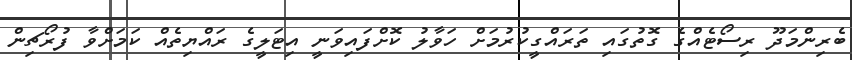
ބެރިންމަދޫ ރިސޯޓެއްގެ ގޮތުގައި ތަރައްގީކުރުމަށް ހަވާލު ކޮށްފައިވަނީ އިޓަލީގެ ރައްޔިތެއް ކަމަށްވާ ފުރޯޗިން